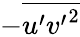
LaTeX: -\overline{{u^{\prime}{v^{\prime}}^{2}}}